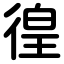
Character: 徨